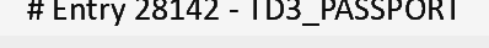
# Entry 28142 - TD3_PASSPORT